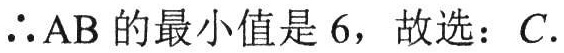
$\therefore \mathrm{AB}$的最小值是$6$，故选：$C$.